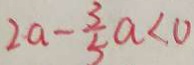
2 a - \frac { 3 } { 5 } a < 0